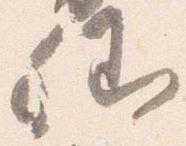
卿